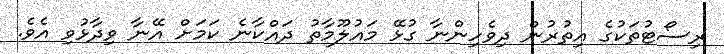
ރިސޯޓުތަކުގެ އިތުރުން ދިވެހިންނާ ގުޅޭ މައުލޫމާތު ދައްކާނެ ކަމަށް އޭނާ ވިދާޅުވި އެވެ.